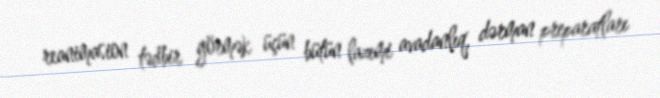
reanimasion tədbir görmək üçün bütün lazımi avadanlıq, dərman preparatları